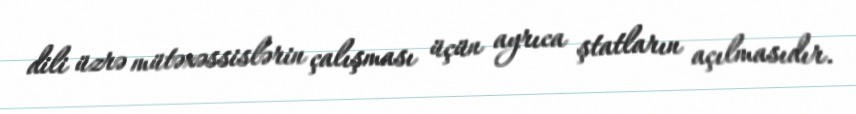
dili üzrə mütəxəssislərin çalışması üçün ayrıca ştatların açılmasıdır.